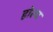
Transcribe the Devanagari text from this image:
होल्च